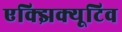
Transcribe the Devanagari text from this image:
एक्झिक्यूटिव